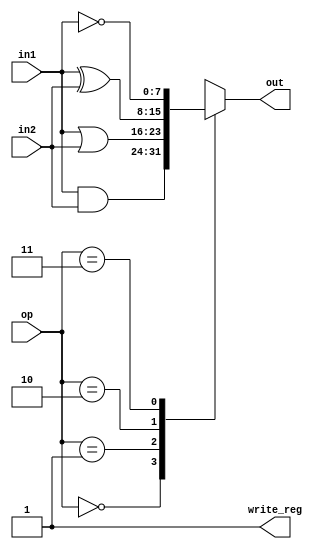
/*
ALU takes ALU operation code from instruction decoder and operands from regiter files 
and executes the operation as follows

op = 00 : out = in1 AND in2
op = 01 : out = in1 OR in2
op = 10 : out = in1 XOR in2
op = 11 : out = complement of in1 (the operand in2 is ignored in this case)
*/




module alu_proc(input [1:0]op,
				input [7:0]in1,
				input [7:0]in2,
				output [7:0]out,
				output write_reg);
				
	reg [7:0]out_temp;
	
	assign out=out_temp;
	assign write_reg=1'b1;
	always @(op,in1,in2,out)
	begin
		case(op)
			2'b00: out_temp<=in1&in2;
			2'b01: out_temp<=in1|in2;
			2'b10: out_temp<=in1^in2;
			2'b11: out_temp<=~in1;
			default : out_temp<=8'b00000000;
		endcase
	end
endmodule